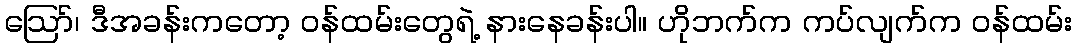
ဪ၊ ဒီအခန်းကတော့ ဝန်ထမ်းတွေရဲ့ နားနေခန်းပါ။ ဟိုဘက်က ကပ်လျက်က ဝန်ထမ်း